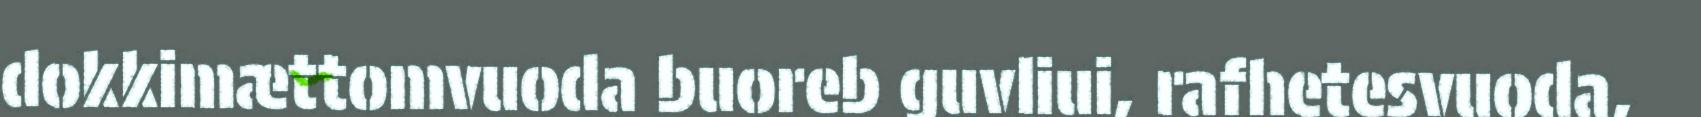
dokkimættomvuoda buoreb guvliui, rafhetesvuoda,